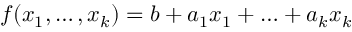
f ( x _ { 1 } , \ldots , x _ { k } ) = b + a _ { 1 } x _ { 1 } + \ldots + a _ { k } x _ { k }